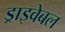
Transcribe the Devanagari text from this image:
ड्राइवेबल